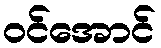
ဝင်အောင်